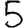
Digit: 5